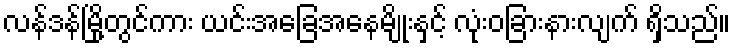
လန်ဒန်မြို့တွင်ကား ယင်းအခြေအနေမျိုးနှင့် လုံးဝခြားနားလျက် ရှိသည်။